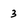
Character: 3